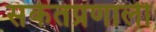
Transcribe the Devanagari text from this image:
संकेतप्रणाली